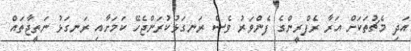
އަދި މެޗުތަކަށް އަރާ ރެފްރީންގެ ފެންވަރު ވެސް ރަނގަޅުކުރަންޖެހޭ ކަމަށާއި ރަނގަޅު ނަތީޖާތައް